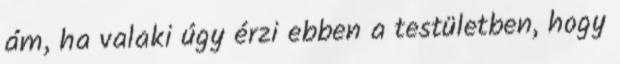
ám, ha valaki úgy érzi ebben a testületben, hogy